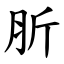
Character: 肵